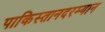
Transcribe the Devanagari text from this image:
पाकिस्तानदरम्यान